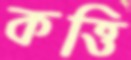
কত্তি